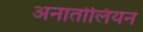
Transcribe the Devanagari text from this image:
अनातोलियन